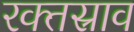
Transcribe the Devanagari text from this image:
रक्‍तस्राव